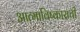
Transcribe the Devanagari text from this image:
आत्माविष्काराची